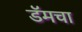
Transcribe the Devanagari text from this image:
डॅमचा